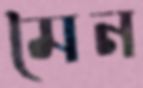
মৈন